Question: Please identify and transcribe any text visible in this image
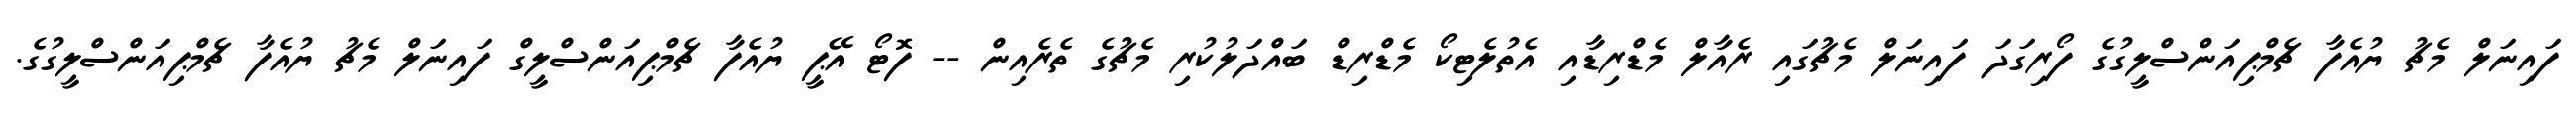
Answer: ފައިނަލް މެޗު ޔުއެފާ ޗެމްޕިއަންސްލީގުގެ ފޯރިގަދަ ފައިނަލް މެޗުގައި ރެއާލް މެޑްރިޑާއި އެތުލެޓިކޯ މެޑްރިޑް ބައްދަލުކުރި މެޗުގެ ތެރެއިން -- ފޮޓޯ އޭޕީ ޔުއެފާ ޗެމްޕިއަންސްލީގް ފައިނަލް މެޗު ޔުއެފާ ޗެމްޕިއަންސްލީގުގެ.